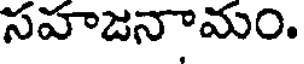
సహజనామం.